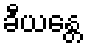
ခီယန္တေ